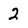
Character: 2